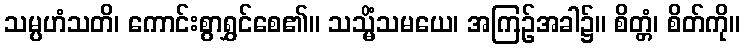
သမ္ပဟံသတိ၊ ကောင်းစွာရွှင်စေ၏။ သသ္မိံသမယေ၊ အကြဉ်အခါ၌။ စိတ္တံ၊ စိတ်ကို။